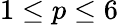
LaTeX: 1\le p\le 6